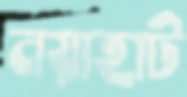
নয়াহাট